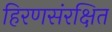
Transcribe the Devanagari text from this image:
हिरणसंरक्षित